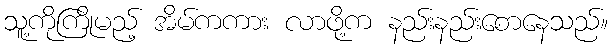
သူ့ကိုကြိုမည့် အိမ်ကကား လာဖို့က နည်းနည်းစောနေသည်။